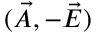
( { \vec { A } } , - { \vec { E } } )